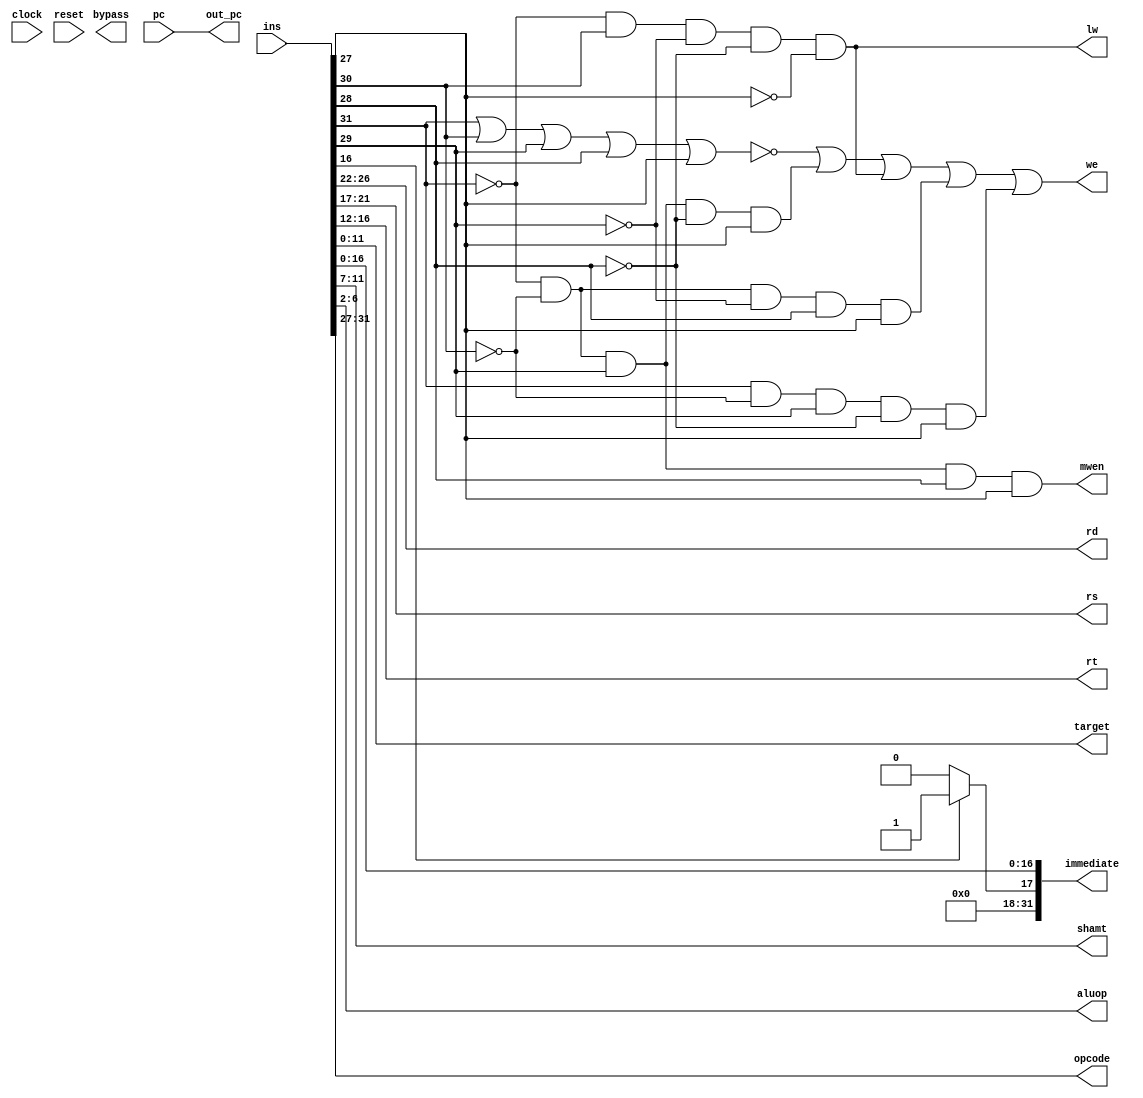
module fetch(

clock, reset,

pc, ins,

//nop,



//pc_next, nop_next



//r_type, i_type, ji_type, jii_type,

rd,rs,rt,target, immediate, shamt, aluop,



opcode, 

we, mwen,

out_pc,

lw,

bypass



);


output bypass;


input clock, reset;

input [11:0] pc;

input [31:0] ins;

//input nop;



//output pc_next;

//output nop_next;


//output r_type, i_type, ji_type, jii_type;

output [4:0] rd,rs, rt, shamt, aluop, opcode;

output [31:0] immediate;

output [11:0] target;

output we,mwen;

output [11:0] out_pc; assign out_pc = pc;




/*

/////////////////////////// TYPE //////////////////////////

*/




assign opcode = ins[31:27]; 



/*

wire r_type, i_type, ji_type, jii_type;


//00000

assign r_type =  ~(ins[31] | ins[30] | ins[29] | ins[28] | ins[27]);


//00101

assign i_type =  (~ins[31]) & (~ins[30]) & ins[29] & (~ins[28]) & ins[27];


//00010

assign ji_type = (~ins[31]) & (~ins[30]) & (~ins[29]) & ins[28] & (~ins[27]);


//00100

assign jii_type = (~ins[31]) & (~ins[30]) & ins[29] & (~ins[28]) & (~ins[27]);

*/


/*

///////////////////////// rd, rs, rt, target, imm, aluop///////////////////////

*/


//wire [4:0] rd,rs,rt,target, imm, shamt, aluop;


assign rd = ins[26:22];        //rd is the register going to write or read  --> check if write before

assign target = ins[11:0];     // rs & rt is register going to read  --> check if write befoe 

assign rs = ins[21:17];

assign rt = ins[16:12];

///assign imm = ins[16:0];

assign shamt = ins[11:7];

assign aluop = ins[6:2];







assign immediate[31:17] = ins[16] ? 15'b1: 15'b0;

assign immediate[16:0] = ins[16:0];






//////////////////////////write enables///////////////////////////
wire i_add, i_addi, i_lw, i_jalT, i_setx_T;


assign i_add = ~(opcode[4] | opcode[3] | opcode[2] | opcode[1] | opcode[0] ); //00000
assign i_addi = (~opcode[4]) & (~opcode[3]) & opcode[2] & (~opcode[1]) & opcode[0]; //00101
assign i_lw = (~opcode[4]) & opcode[3] & (~opcode[2]) & (~opcode[1]) & (~opcode[0]); //01000
assign i_jalT = (~opcode[4]) & (~opcode[3]) & (~opcode[2]) & opcode[1] & opcode[0]; //00011
assign i_setx_T = opcode[4] & (~opcode[3]) & opcode[2] & (~opcode[1]) & opcode[0]; //10101

assign we = i_add | i_addi| i_lw| i_jalT| i_setx_T;

wire i_sw;
assign i_sw = (~opcode[4]) & (~opcode[3]) & opcode[2] & opcode[1] & opcode[0];
assign mwen = i_sw;



output lw; assign lw = i_lw;
endmodule